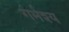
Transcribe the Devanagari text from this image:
गर्भश्य